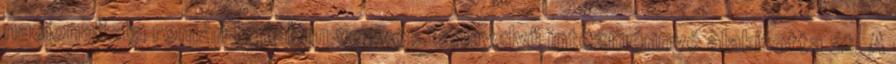
nacionalista román hatalom vegyes tannyelvű intézménnyé alakította át. A